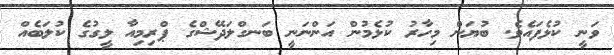
ވަނީ ކުޅެފައެވެ. ބުޔަން މިހާރު ކުޅެމުން އަންނަނީ ބަނގްލަދޭޝްގެ ޕްރިމިއާ ލީގުގެ ކުލަބެއް